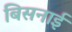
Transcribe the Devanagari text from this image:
बिसनाई